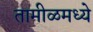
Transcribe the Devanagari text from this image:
तामीळमध्ये